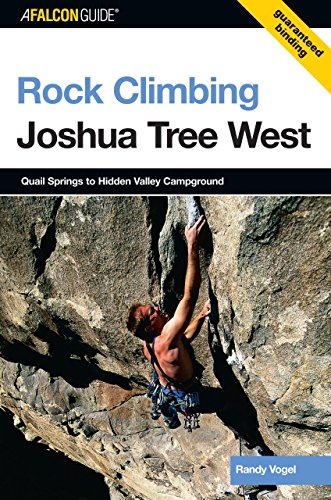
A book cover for Rock Climbing Joshua Tree West: Quail Springs To Hidden Valley Campground (Regional Rock Climbing Series); Randy Vogel; Sports & Outdoors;